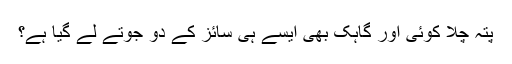
پتہ چلا کوئی اور گاہک بھی ایسے ہی سائز کے دو جوتے لے گیا ہے؟